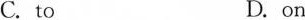
C.to D. on